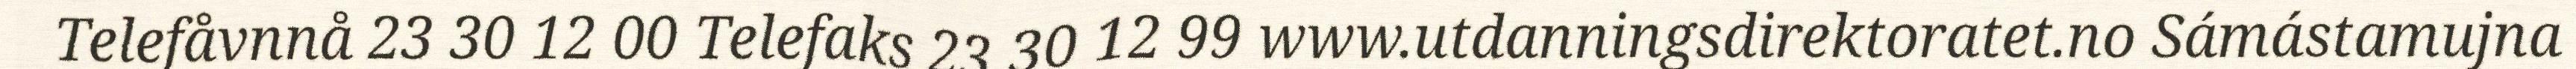
Telefåvnnå 23 30 12 00 Telefaks 23 30 12 99 www.utdanningsdirektoratet.no Sámástamujna